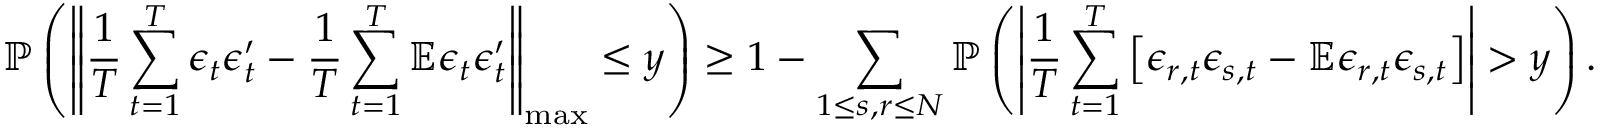
\mathbb { P } \left( \left\lVert \frac { 1 } { T } \sum _ { t = 1 } ^ { T } \boldsymbol { \epsilon } _ { t } \boldsymbol { \epsilon } _ { t } ^ { \prime } - \frac { 1 } { T } \sum _ { t = 1 } ^ { T } \mathbb { E } \boldsymbol { \epsilon } _ { t } \boldsymbol { \epsilon } _ { t } ^ { \prime } \right\rVert _ { \operatorname* { m a x } } \leq y \right) \geq 1 - \sum _ { 1 \leq s , r \leq N } \mathbb { P } \left( \left\lvert \frac { 1 } { T } \sum _ { t = 1 } ^ { T } \left[ \epsilon _ { r , t } \epsilon _ { s , t } - \mathbb { E } \epsilon _ { r , t } \epsilon _ { s , t } \right] \right\rvert > y \right) .